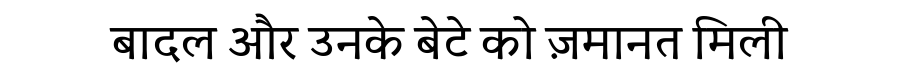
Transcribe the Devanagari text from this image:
बादल और उनके बेटे को ज़मानत मिली